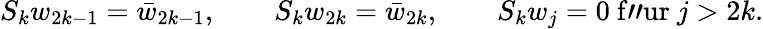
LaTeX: S_{k}w_{2k-1}=\bar{w}_{2k-1},\qquad S_{k}w_{2k}=\bar{w}_{2k},\qquad S_{k}w_{j}=0\mathrm{~f"ur~}j>2k.